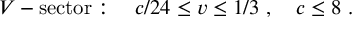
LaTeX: V - \mathrm { s e c t o r } : { } ~ { } ~ { } ~ c / 2 4 \leq v \leq 1 / 3 { } ~ , { } ~ { } ~ { } ~ c \leq 8 { } ~ .